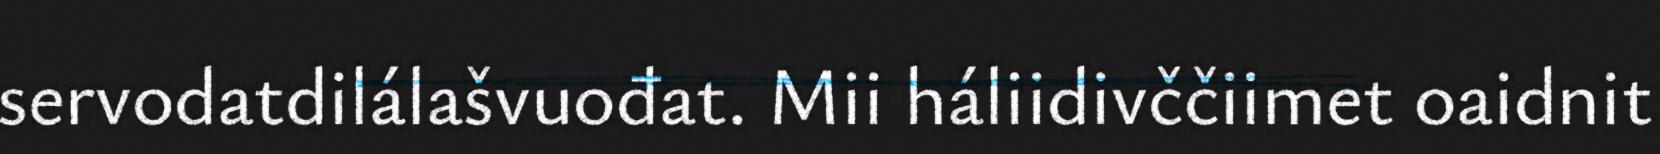
servodatdilálašvuođat. Mii háliidivččiimet oaidnit